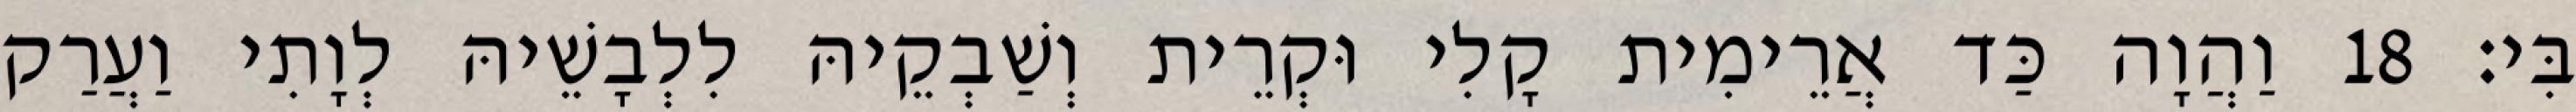
בִּי׃ 18 וַהֲוָה כַּד אֲרֵימִית קָלִי וּקְרֵית וְשַׁבְקֵיהּ לִלְבָשֵׁיהּ לְוָתִי וַעֲרַק